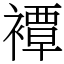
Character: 𧝓